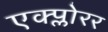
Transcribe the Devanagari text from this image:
एक्प्लोरर